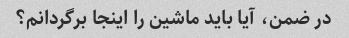
در ضمن، آیا باید ماشین را اینجا برگردانم؟